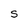
Character: S